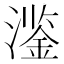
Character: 𱩔